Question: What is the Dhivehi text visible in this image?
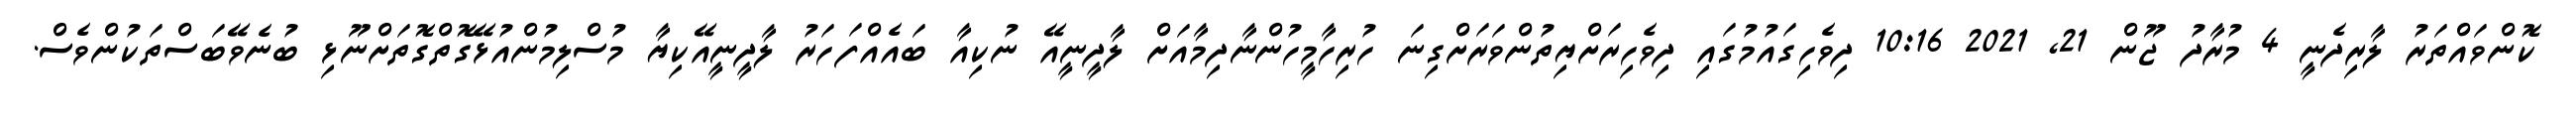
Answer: ކޮންވައްތަރު ލާރިދެނީ 4 މުރާދު ޖޫން 21, 2021 10:16 ދިވެހިގައުމުގައި ދިވެހިރަށްޔިތުންވަރަށްގިނަ ހުރިހާމީހުންނާދިމާއަށް ލާދީނީއޭ ނުކިއާ ބައެއްފަހަރު ލާދީނީއޭކިޔާ މުސްލިމުންއުޅޭގޮތްގޮތަށްނޫޅި ބުނެވޭބަސްތަކުންވެސް.